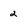
Character: 2